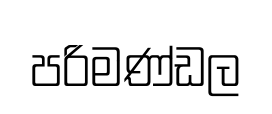
පරිමණ්ඩල